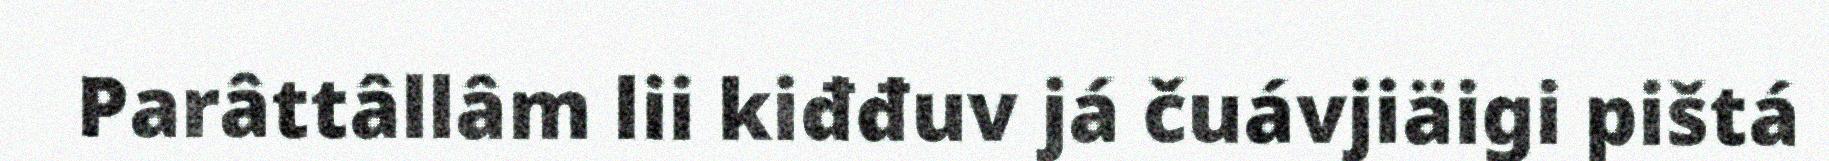
Parâttâllâm lii kiđđuv já čuávjiäigi pištá